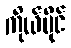
ကိုယ်ပိုင်